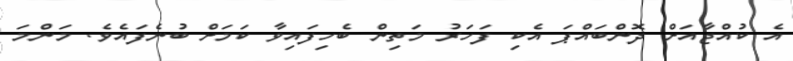
އެ ކުއްޖާއަށް ދޮންބައްޕަ އެކި ފަހަރު މަތިން ބެހިފައިވާ ކަމަށް ބުނެފައެވެ. މަންމަ